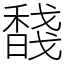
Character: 馢